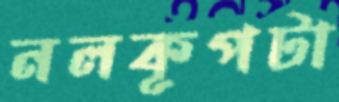
নলকূপটা